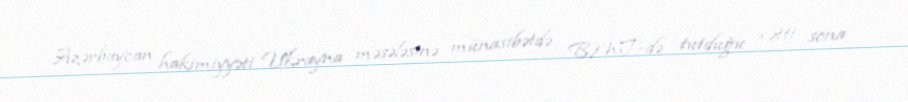
Azərbaycan hakimiyyəti Ukrayna məsələsinə münasibətdə BMT-də tutduğu xətti sona